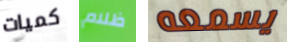
كميات ظلام يسمعه